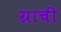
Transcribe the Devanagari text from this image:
ग्राची